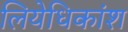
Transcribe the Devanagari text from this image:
लियेधिकांश